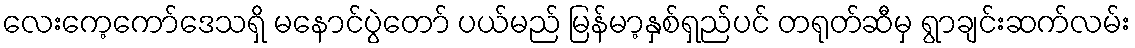
လေးကေ့ကော်ဒေသရှိ မနောင်ပွဲတော် ပယ်မည် မြန်မာ့နှစ်ရှည်ပင် တရုတ်ဆီမှ ရွာချင်းဆက်လမ်း